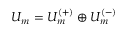
U _ { m } = U _ { m } ^ { ( + ) } \oplus U _ { m } ^ { ( - ) }